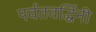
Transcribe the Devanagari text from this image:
पर्वतवर्द्धिनी